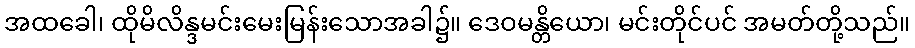
အထခေါ၊ ထိုမိလိန္ဒမင်းမေးမြန်းသောအခါ၌။ ဒေဝမန္တိယော၊ မင်းတိုင်ပင် အမတ်တို့သည်။